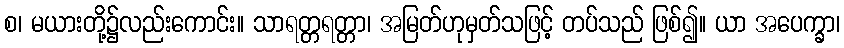
စ၊ မယားတို့၌လည်းကောင်း။ သာရတ္တရတ္တာ၊ အမြတ်ဟုမှတ်သဖြင့် တပ်သည် ဖြစ်၍။ ယာ အပေက္ခာ၊